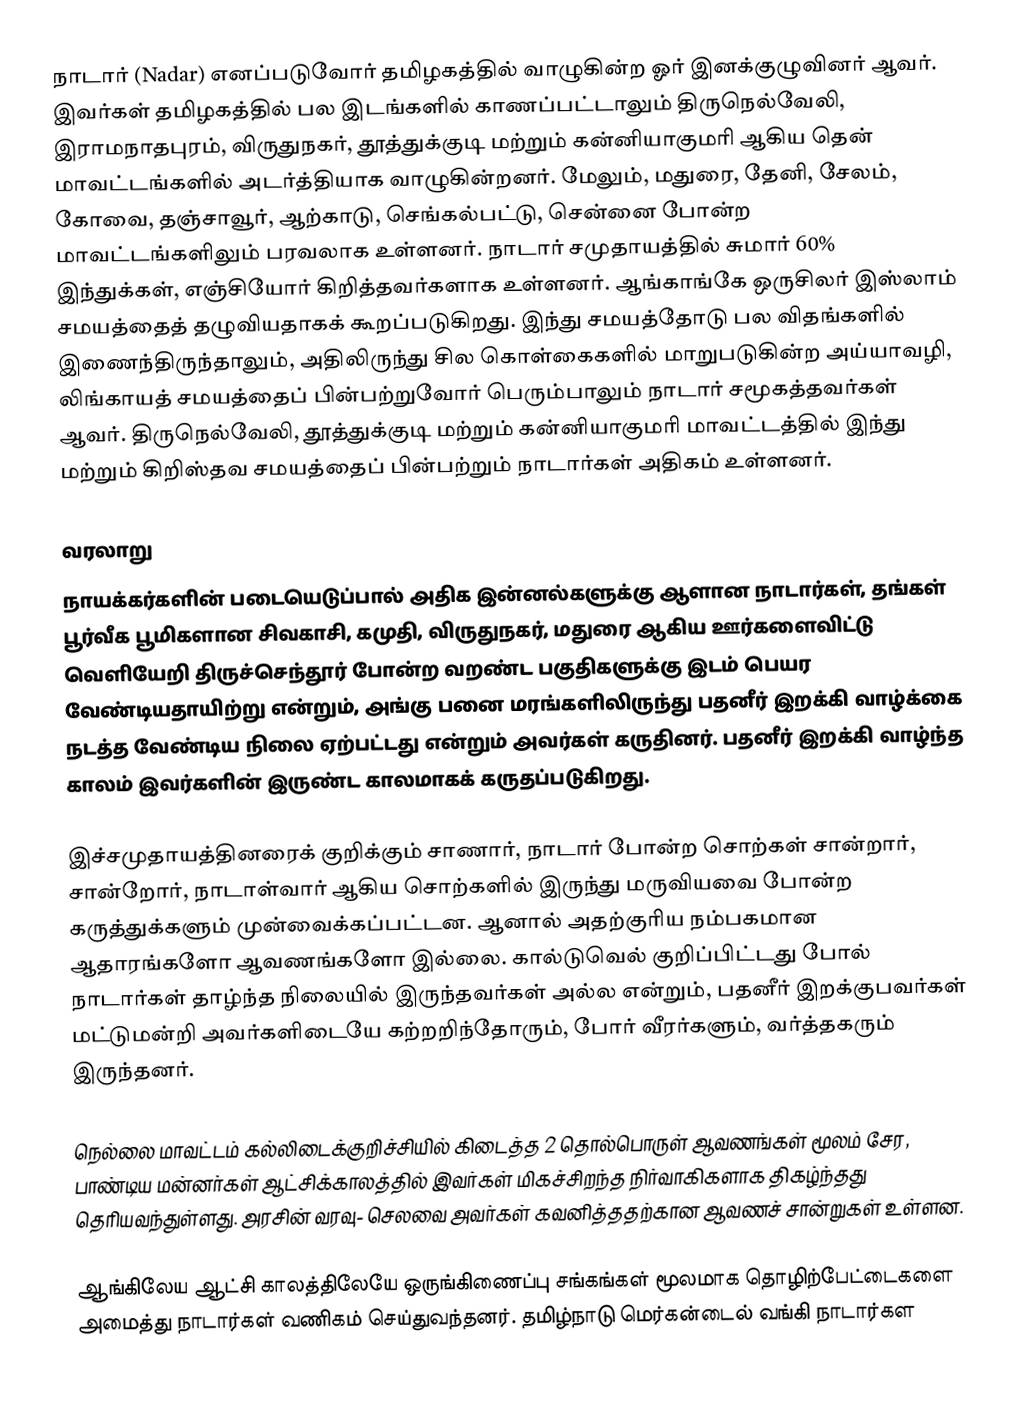
நாடார் (Nadar) எனப்படுவோர் தமிழகத்தில் வாழுகின்ற ஓர் இனக்குழுவினர் ஆவர். இவர்கள் தமிழகத்தில் பல இடங்களில் காணப்பட்டாலும் திருநெல்வேலி, இராமநாதபுரம், விருதுநகர், தூத்துக்குடி மற்றும் கன்னியாகுமரி ஆகிய தென் மாவட்டங்களில் அடர்த்தியாக வாழுகின்றனர். மேலும், மதுரை, தேனி, சேலம், கோவை, தஞ்சாவூர், ஆற்காடு, செங்கல்பட்டு, சென்னை போன்ற மாவட்டங்களிலும் பரவலாக உள்ளனர். நாடார் சமுதாயத்தில் சுமார் 60% இந்துக்கள், எஞ்சியோர் கிறித்தவர்களாக உள்ளனர். ஆங்காங்கே ஒருசிலர் இஸ்லாம் சமயத்தைத் தழுவியதாகக் கூறப்படுகிறது. இந்து சமயத்தோடு பல விதங்களில் இணைந்திருந்தாலும், அதிலிருந்து சில கொள்கைகளில் மாறுபடுகின்ற அய்யாவழி, லிங்காயத் சமயத்தைப் பின்பற்றுவோர் பெரும்பாலும் நாடார் சமூகத்தவர்கள் ஆவர். திருநெல்வேலி, தூத்துக்குடி மற்றும் கன்னியாகுமரி மாவட்டத்தில் இந்து மற்றும் கிறிஸ்தவ சமயத்தைப் பின்பற்றும் நாடார்கள் அதிகம் உள்ளனர்.

வரலாறு
நாயக்கர்களின் படையெடுப்பால் அதிக இன்னல்களுக்கு ஆளான நாடார்கள், தங்கள் பூர்வீக பூமிகளான சிவகாசி, கமுதி, விருதுநகர், மதுரை ஆகிய ஊர்களைவிட்டு வெளியேறி திருச்செந்தூர் போன்ற வறண்ட பகுதிகளுக்கு இடம் பெயர வேண்டியதாயிற்று என்றும், அங்கு பனை மரங்களிலிருந்து பதனீர் இறக்கி வாழ்க்கை நடத்த வேண்டிய நிலை ஏற்பட்டது என்றும் அவர்கள் கருதினர். பதனீர் இறக்கி வாழ்ந்த காலம் இவர்களின் இருண்ட காலமாகக் கருதப்படுகிறது.

இச்சமுதாயத்தினரைக் குறிக்கும் சாணார், நாடார் போன்ற சொற்கள் சான்றார், சான்றோர், நாடாள்வார் ஆகிய சொற்களில் இருந்து மருவியவை போன்ற கருத்துக்களும் முன்வைக்கப்பட்டன. ஆனால் அதற்குரிய நம்பகமான ஆதாரங்களோ ஆவணங்களோ இல்லை. கால்டுவெல் குறிப்பிட்டது போல் நாடார்கள் தாழ்ந்த நிலையில் இருந்தவர்கள் அல்ல என்றும், பதனீர் இறக்குபவர்கள் மட்டுமன்றி அவர்களிடையே கற்றறிந்தோரும், போர் வீரர்களும், வர்த்தகரும் இருந்தனர்.

நெல்லை மாவட்டம் கல்லிடைக்குறிச்சியில் கிடைத்த 2 தொல்பொருள் ஆவணங்கள் மூலம் சேர, பாண்டிய மன்னர்கள் ஆட்சிக்காலத்தில் இவர்கள் மிகச்சிறந்த நிர்வாகிகளாக திகழ்ந்தது தெரியவந்துள்ளது. அரசின் வரவு- செலவை அவர்கள் கவனித்ததற்கான ஆவணச் சான்றுகள் உள்ளன.

ஆங்கிலேய ஆட்சி காலத்திலேயே ஒருங்கிணைப்பு சங்கங்கள் மூலமாக தொழிற்பேட்டைகளை அமைத்து  நாடார்கள் வணிகம் செய்துவந்தனர். தமிழ்நாடு மெர்கன்டைல் வங்கி நாடார்கள